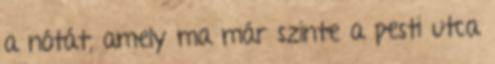
a nótát, amely ma már szinte a pesti utca